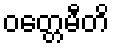
ဝတ္တေမီတိ